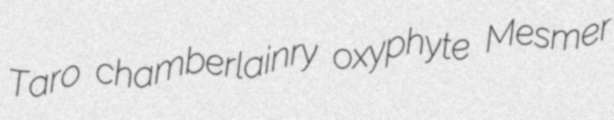
Taro chamberlainry oxyphyte Mesmer